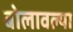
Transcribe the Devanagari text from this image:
बोलावल्या